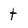
Character: t